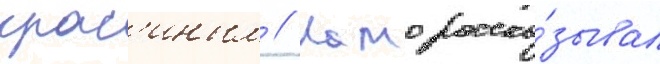
крас'иным // Камо расска́зывал